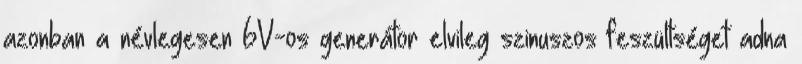
azonban a névlegesen 6V-os generátor elvileg szinuszos feszültséget adna